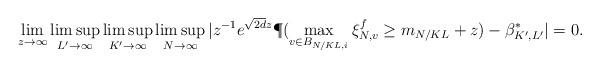
LaTeX: \begin{align*}\lim_{z \rightarrow \infty} \limsup_{L'\to \infty}\limsup_{K' \rightarrow \infty} \limsup_{N \rightarrow \infty} |z^{-1} e^{\sqrt{2d}z} \P(\max_{v \in B_{N/KL, i} } \xi_{N,v}^f \ge m_{N/KL} + z) - \beta_{K', L'}^* |=0.\end{align*}